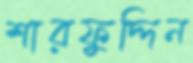
শারফুদ্দিন